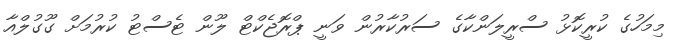
މިމަހުގެ ކުރީކޮޅު ސްރީލަންކާގެ ސަރުކާރުން ވަނީ ޕްރޮޖެކްޓް ލޫން ޓެސްޓު ކުރުމަށް ގޫގުލްއާ